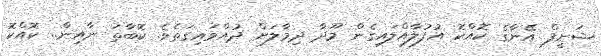
ޝަނީފް އޭނާގެ ކޮއްކޮ އުފުލާއްލައިގެން މޫދާ ދިމާލަށް ދުއްވައިގަތެވެ. ކޮބާތަ ނާއިން.. ކޮއްކޮ